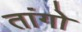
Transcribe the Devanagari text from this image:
तांगो